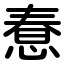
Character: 惷